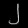
Digit: ၂